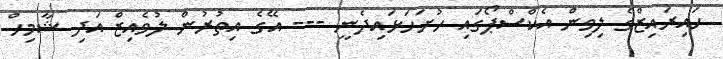
ހައިރައިޒްގެ ލިވިން އެކްސްޕޯގައި ހުށަހަޅައިދެނީ --- އޭގެ އިތުރުން ލުވެއިޒް އަދި ޝާމިހް